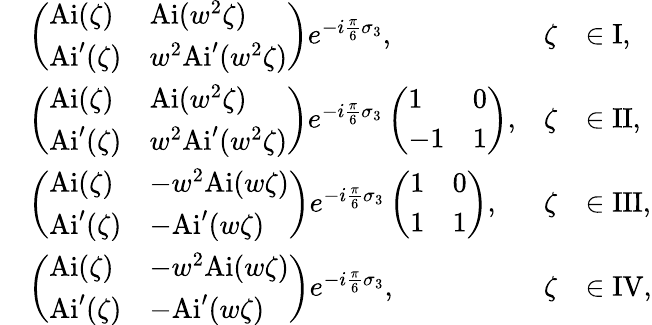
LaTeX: \begin{array}{rlrl}&{\left(\begin{array}{ll}{\mathrm{Ai}(\zeta)}&{\mathrm{Ai}(w^{2}\zeta)}\\ {\mathrm{Ai}^{\prime}(\zeta)}&{w^{2}\mathrm{Ai}^{\prime}(w^{2}\zeta)}\end{array}\right)e^{-i\frac{\pi}{6}\sigma_{3}},}&{\zeta}&{\in\mathrm{I},}\\ &{\left(\begin{array}{ll}{\mathrm{Ai}(\zeta)}&{\mathrm{Ai}(w^{2}\zeta)}\\ {\mathrm{Ai}^{\prime}(\zeta)}&{w^{2}\mathrm{Ai}^{\prime}(w^{2}\zeta)}\end{array}\right)e^{-i\frac{\pi}{6}\sigma_{3}}\left(\begin{array}{ll}{1}&{0}\\ {-1}&{1}\end{array}\right),}&{\zeta}&{\in\mathrm{II},}\\ &{\left(\begin{array}{ll}{\mathrm{Ai}(\zeta)}&{-w^{2}\mathrm{Ai}(w\zeta)}\\ {\mathrm{Ai}^{\prime}(\zeta)}&{-\mathrm{Ai}^{\prime}(w\zeta)}\end{array}\right)e^{-i\frac{\pi}{6}\sigma_{3}}\left(\begin{array}{ll}{1}&{0}\\ {1}&{1}\end{array}\right),}&{\zeta}&{\in\mathrm{III},}\\ &{\left(\begin{array}{ll}{\mathrm{Ai}(\zeta)}&{-w^{2}\mathrm{Ai}(w\zeta)}\\ {\mathrm{Ai}^{\prime}(\zeta)}&{-\mathrm{Ai}^{\prime}(w\zeta)}\end{array}\right)e^{-i\frac{\pi}{6}\sigma_{3}},}&{\zeta}&{\in\mathrm{IV},}\end{array}